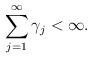
LaTeX: \begin{align*} \sum_{j=1}^\infty\gamma_j<\infty.\end{align*}